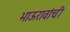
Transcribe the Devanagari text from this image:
भाऊरावांची